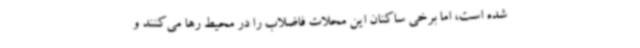
شده است، اما برخی ساکنان این محلات فاضلاب را در محیط رها می‌کنند و